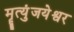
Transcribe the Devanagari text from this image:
मॄत्युंजयेश्वर